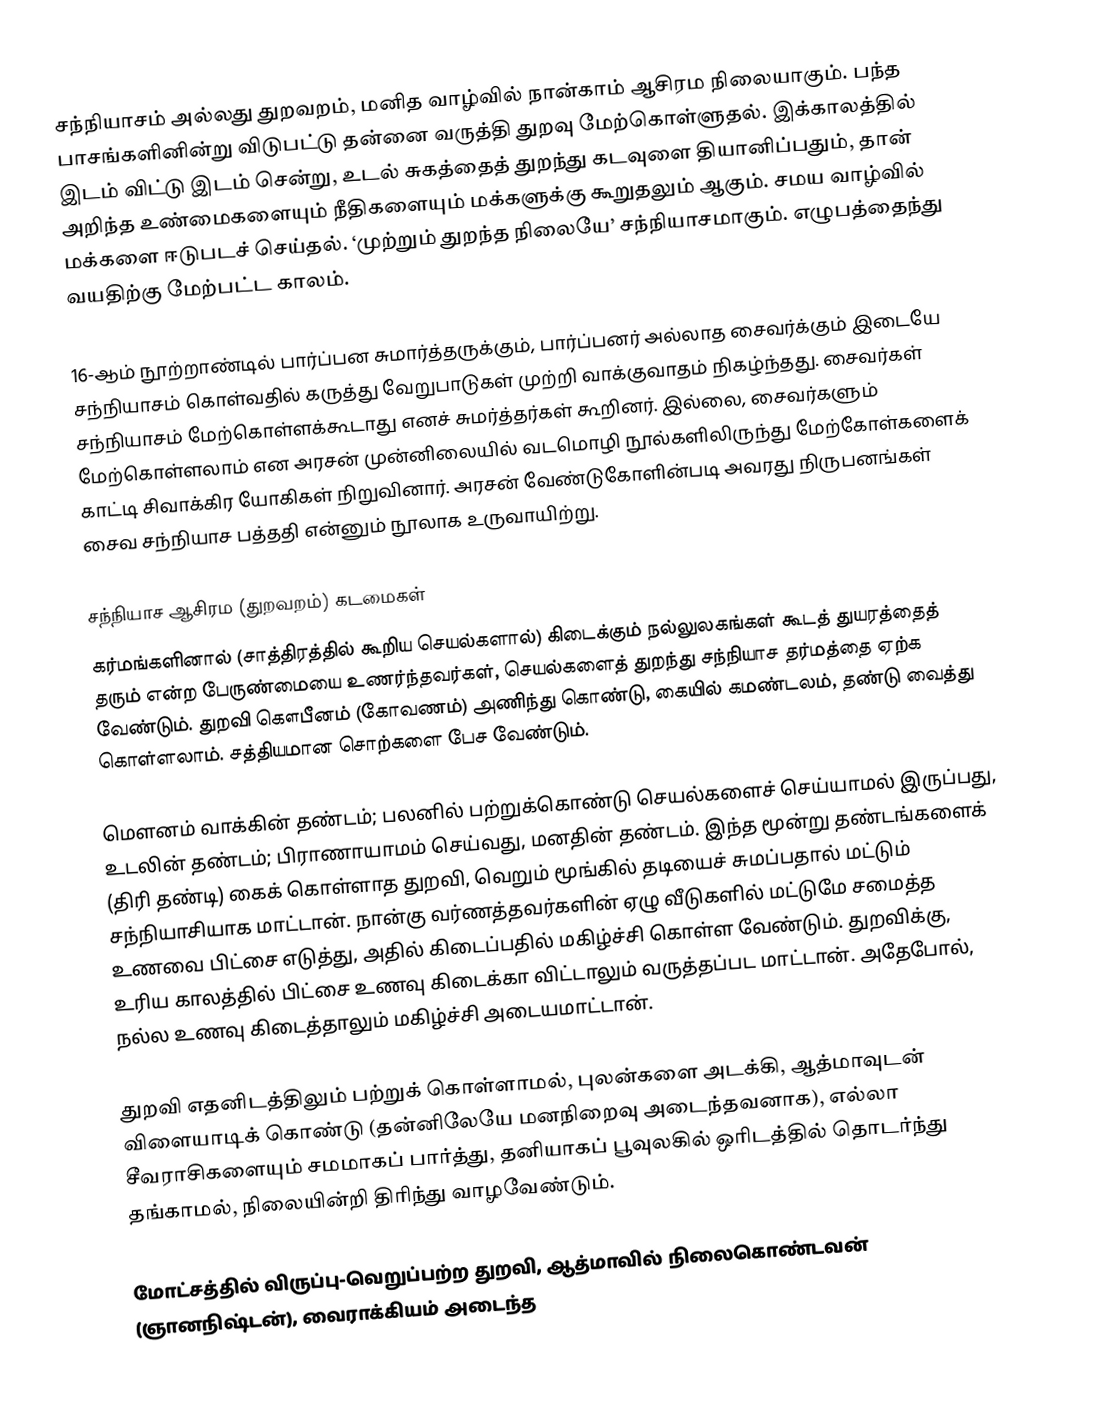
சந்நியாசம் அல்லது துறவறம்,  மனித வாழ்வில் நான்காம்  ஆசிரம நிலையாகும். பந்த பாசங்களினின்று விடுபட்டு தன்னை வருத்தி துறவு மேற்கொள்ளுதல். இக்காலத்தில் இடம் விட்டு இடம் சென்று, உடல் சுகத்தைத் துறந்து கடவுளை தியானிப்பதும், தான் அறிந்த உண்மைகளையும் நீதிகளையும் மக்களுக்கு கூறுதலும் ஆகும். சமய வாழ்வில் மக்களை ஈடுபடச் செய்தல். ‘முற்றும் துறந்த நிலையே’ சந்நியாசமாகும். எழுபத்தைந்து வயதிற்கு மேற்பட்ட காலம்.

16-ஆம் நூற்றாண்டில் பார்ப்பன சுமார்த்தருக்கும், பார்ப்பனர் அல்லாத சைவர்க்கும் இடையே சந்நியாசம் கொள்வதில் கருத்து வேறுபாடுகள் முற்றி வாக்குவாதம் நிகழ்ந்தது. சைவர்கள் சந்நியாசம் மேற்கொள்ளக்கூடாது எனச் சுமர்த்தர்கள் கூறினர். இல்லை, சைவர்களும் மேற்கொள்ளலாம் என அரசன் முன்னிலையில் வடமொழி நூல்களிலிருந்து மேற்கோள்களைக் காட்டி சிவாக்கிர யோகிகள் நிறுவினார். அரசன் வேண்டுகோளின்படி அவரது நிருபனங்கள் சைவ சந்நியாச பத்ததி என்னும் நூலாக உருவாயிற்று.

சந்நியாச ஆசிரம (துறவறம்) கடமைகள்
கர்மங்களினால் (சாத்திரத்தில் கூறிய செயல்களால்) கிடைக்கும் நல்லுலகங்கள் கூடத் துயரத்தைத் தரும் என்ற பேருண்மையை உணர்ந்தவர்கள், செயல்களைத் துறந்து சந்நியாச தர்மத்தை ஏற்க வேண்டும். துறவி கௌபீனம் (கோவணம்) அணிந்து கொண்டு, கையில் கமண்டலம், தண்டு  வைத்து கொள்ளலாம். சத்தியமான சொற்களை பேச வேண்டும்.

மௌனம் வாக்கின் தண்டம்; பலனில் பற்றுக்கொண்டு செயல்களைச் செய்யாமல் இருப்பது, உடலின் தண்டம்; பிராணாயாமம் செய்வது, மனதின் தண்டம். இந்த மூன்று தண்டங்களைக் (திரி தண்டி) கைக் கொள்ளாத துறவி, வெறும் மூங்கில் தடியைச் சுமப்பதால் மட்டும் சந்நியாசியாக மாட்டான். நான்கு வர்ணத்தவர்களின் ஏழு வீடுகளில் மட்டுமே சமைத்த உணவை பிட்சை எடுத்து, அதில் கிடைப்பதில் மகிழ்ச்சி கொள்ள வேண்டும். துறவிக்கு, உரிய காலத்தில் பிட்சை உணவு கிடைக்கா விட்டாலும் வருத்தப்பட மாட்டான். அதேபோல், நல்ல உணவு  கிடைத்தாலும் மகிழ்ச்சி அடையமாட்டான்.

துறவி எதனிடத்திலும் பற்றுக் கொள்ளாமல், புலன்களை அடக்கி, ஆத்மாவுடன் விளையாடிக் கொண்டு (தன்னிலேயே மனநிறைவு அடைந்தவனாக), எல்லா சீவராசிகளையும் சமமாகப் பார்த்து, தனியாகப் பூவுலகில் ஒரிடத்தில் தொடர்ந்து தங்காமல், நிலையின்றி திரிந்து வாழவேண்டும்.

மோட்சத்தில் விருப்பு-வெறுப்பற்ற துறவி, ஆத்மாவில் நிலைகொண்டவன் (ஞானநிஷ்டன்), வைராக்கியம் அடைந்த